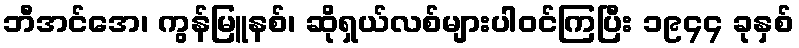
ဘီအင်အေ၊ ကွန်မြူနစ်၊ ဆိုရှယ်လစ်များပါဝင်ကြပြီး ၁၉၄၄ ခုနှစ်